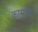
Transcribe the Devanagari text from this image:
कामचेष्टा